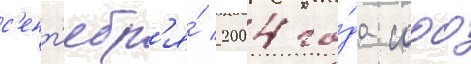
с'ент'ябр'я́ 2004 го́да сооо